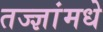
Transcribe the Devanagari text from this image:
तज्ज्ञांमधे